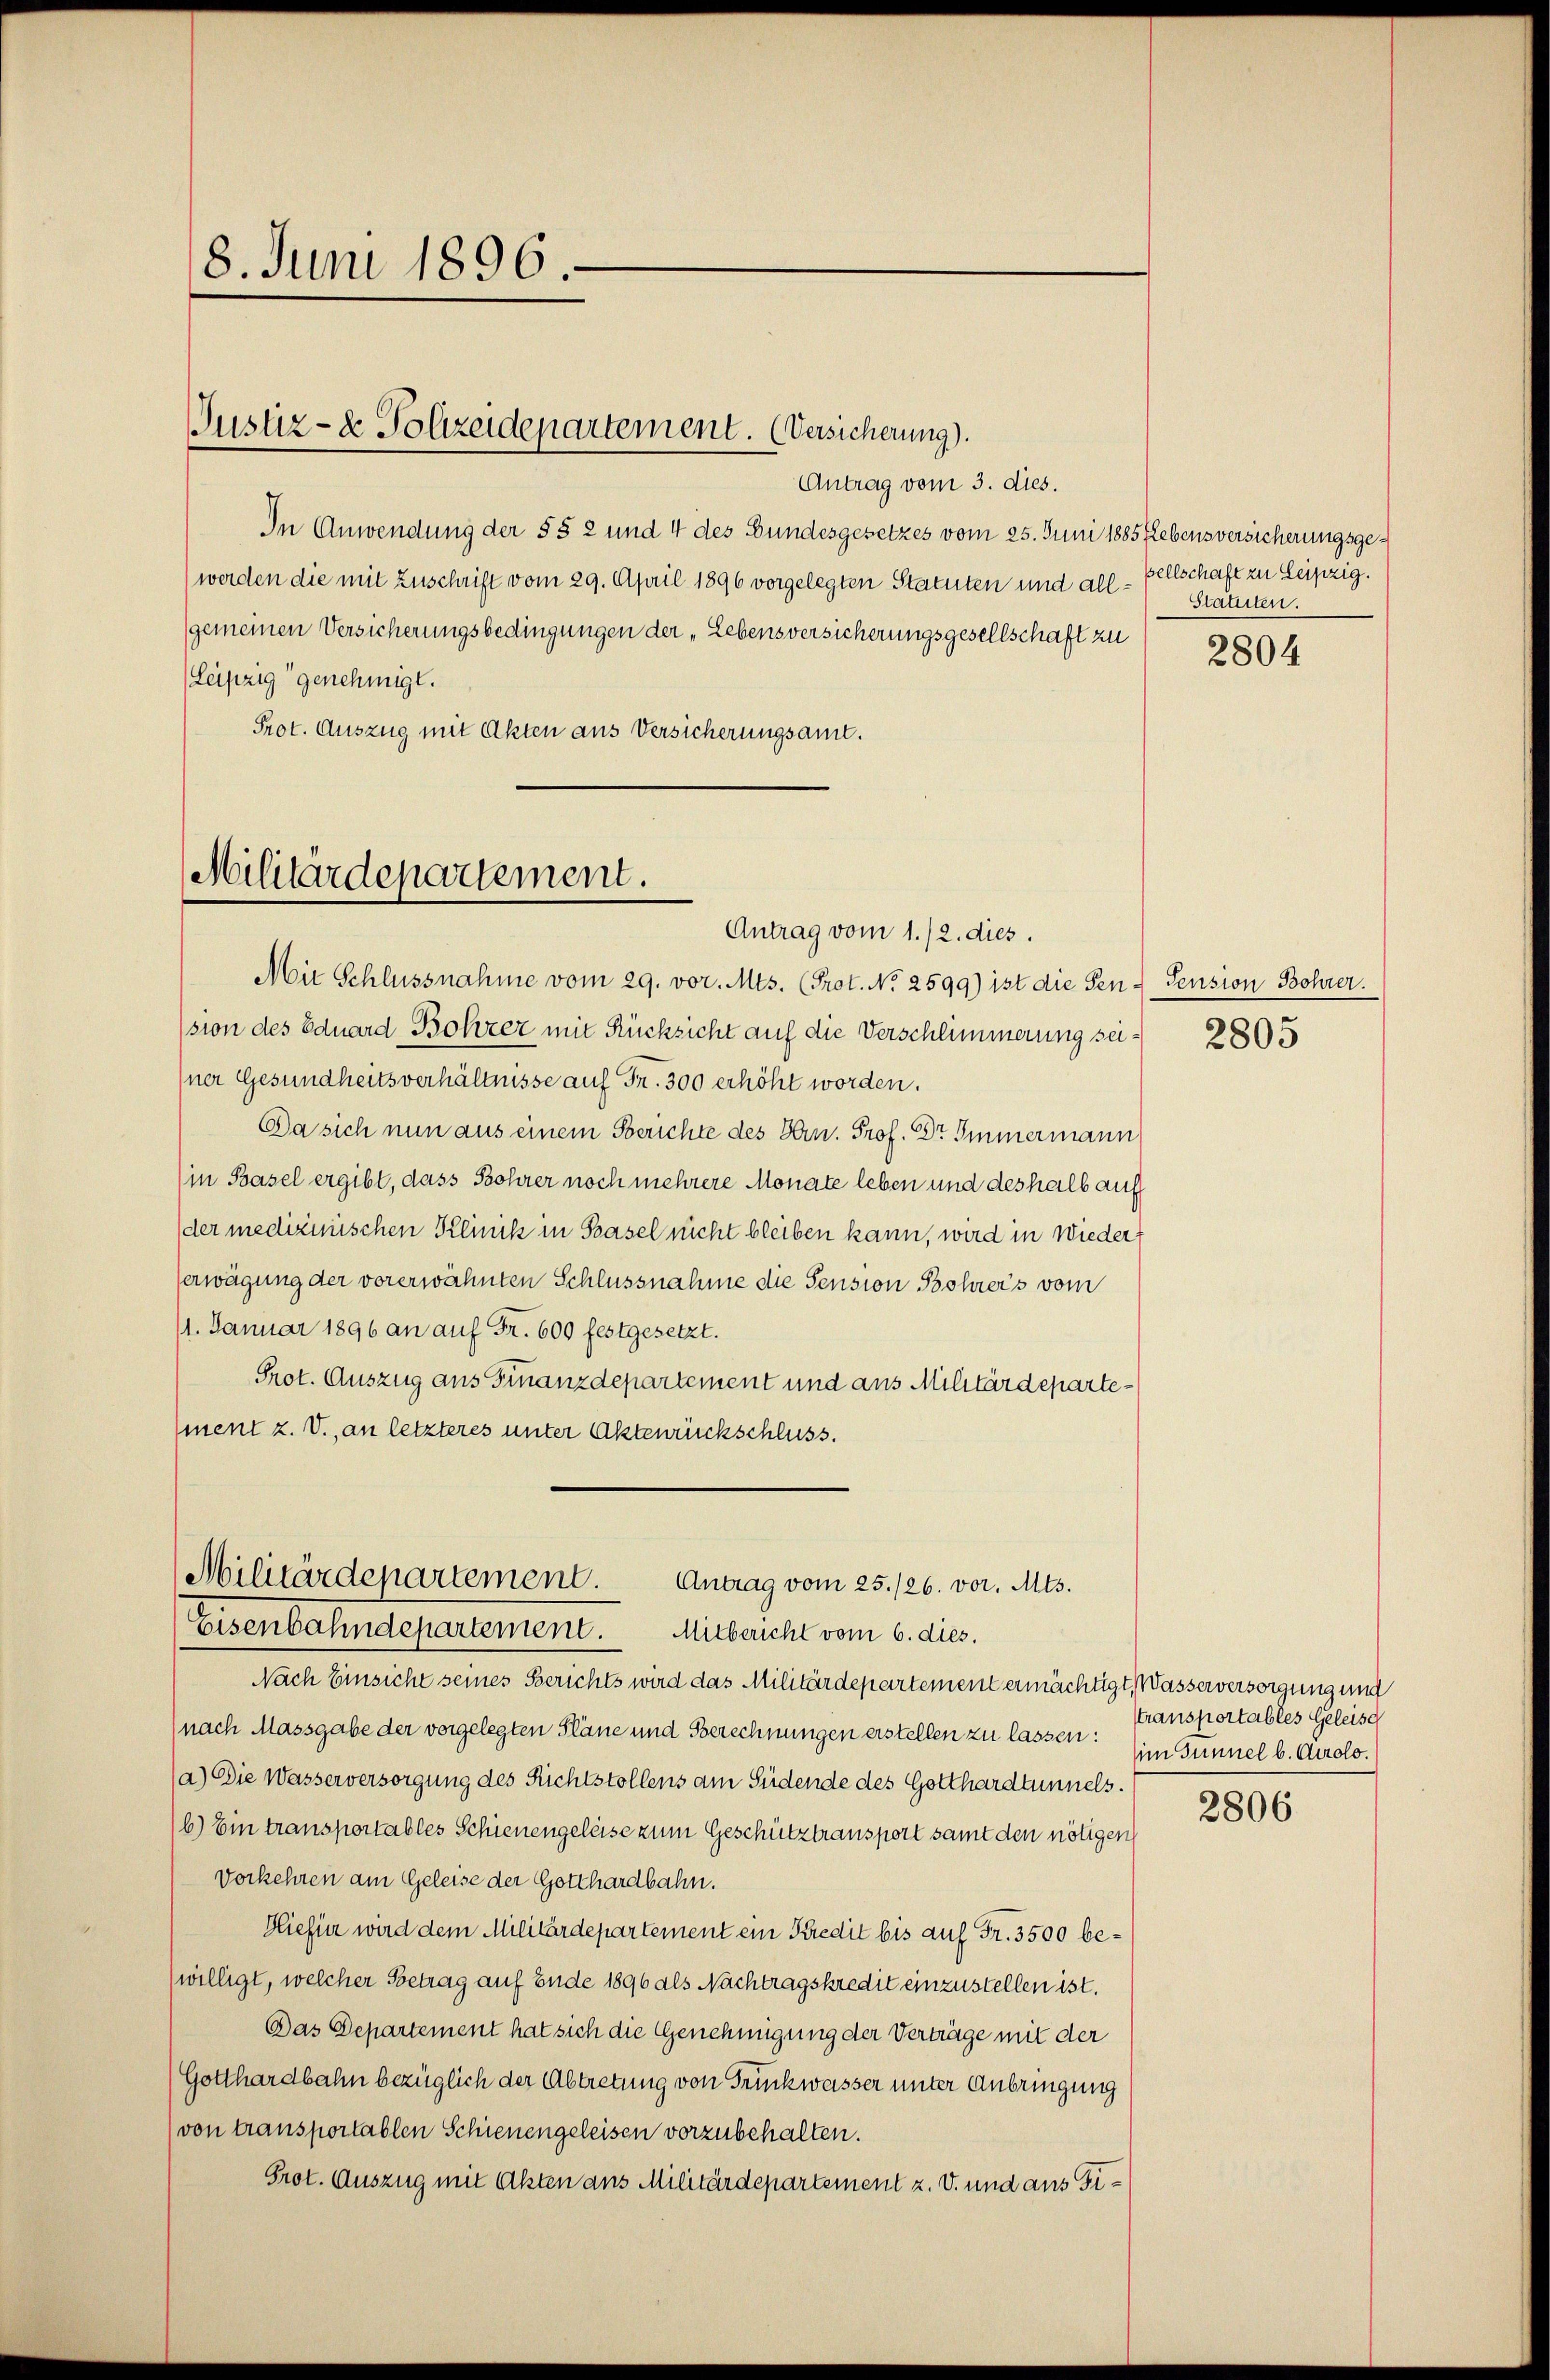
18. Juni 1896.

Antrag vom 3. dies.
In Anwendung der §§ 2 und 4 des Bundesgesetzes vom 25. Juni 1885 Lebens versicherungsge¬
(werden die mit Zuschrift vom 29. April 1896 vorgelegten Statuten und allgemeinen Versicherungsbedingungen der „Lebensversicherungsgesellschaft zu
Leipzig genehmigt.
Prot. Auszug mit Akten aus Versicherungsant.

Justiz- & Polizeidepartement. (Versicherung).

Militärdepartement.
Antrag vom 1./2. dies.

Militärdepartement. Antrag vom 25./26. vor. Mts.

Mit Schlussnahme vom 29. vor. Mts. (Prot. No 2599) ist die Ten-Pension Bohrer.
sion des Eduard Bohrer mit Rücksicht auf die Verschlimmerung sei - 2805
sner Gesundheitsverhältnisse auf Fr. 300 erhöht worden.
Da sich nun aus einem Serichte des Hrn. Prof. Dr Immermann
(in Basel ergibt, dass Bohrer noch mehrere Monate leben und deshalb auf
der medizinischen Klinik in Basel nicht bleiben kann, wird in Wiedererwägung der vorerwähnten Schlussnahme die Sension Bohrers vom
11. Januar 1896 an auf Fr. 600 festgesetzt.
Prot. Auszug aus Finanzdepartement und aus Militärdepartement z. V., an letzteres unter Aktenrückschluss.

Eisenbahndepartement. Mitbericht vom 6. dies
Nach Einsiche seines Berichts wird das Militärdepartement ermächtigt, Wasser versorgung und
nach Massgabe der vorgelegten Pläne und Berechnungen erstellen zu lassen:
(a) Die Wasserversorgung des Richtstollens am Südende des Gotthardtunnels.
16) Ein transportables Schienengeleise zum Geschütztransport samt den nötigen
Vorkehren am Geleise der Gotthardbahn.
Hiefür wird dem Militärdepartement ein Kredit bis auf Fr. 3500 bewilligt, welcher Betrag auf Ende 1896 als Nachtragskredit einzustellen ist.
Das Departement hat sich die Genehmigung der Verträge mit der
Gotthardbahn bezüglich der Abtretung von Truckwasser unter Anbringung
(von transportablen Schienengeleisen vorzubehalten.
Prot. Auszug mit Akten aus Militärdepartement z. v. und aus Fi¬

sellschaft zu Leipzig.
Statuten.

2804

ttransportables Geleisc
im Günnel b. Airolo.

2806